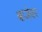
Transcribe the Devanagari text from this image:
बाजेवर